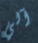
آلي